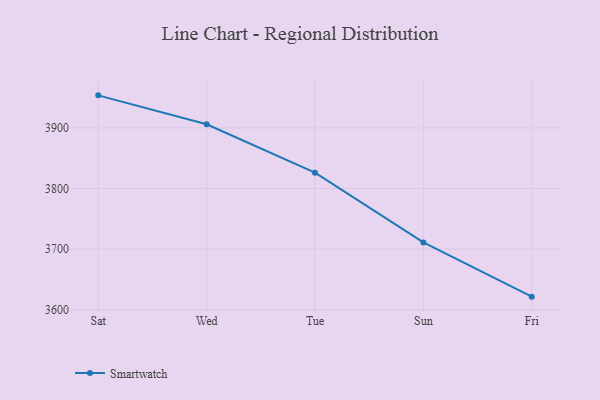
{"axis": {"x": "Day", "y": "Waste Production (Tons)"}, "legend": ["Smartwatch"], "data": [{"x": "Sat", "y": 3953.8, "type": "Smartwatch"}, {"x": "Wed", "y": 3906.0, "type": "Smartwatch"}, {"x": "Tue", "y": 3826.2, "type": "Smartwatch"}, {"x": "Sun", "y": 3711.1, "type": "Smartwatch"}, {"x": "Fri", "y": 3621.6, "type": "Smartwatch"}]}